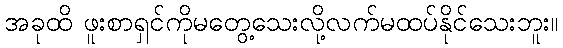
အခုထိ ဖူးစာရှင်ကိုမတွေ့သေးလို့လက်မထပ်နိုင်သေးဘူး။